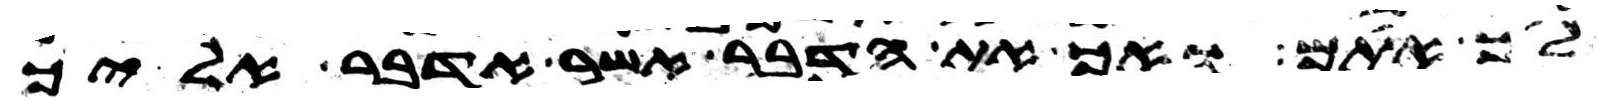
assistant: לך אתם ואך את הדבר אשר אדבר אליך